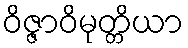
ဝိဇ္ဇာဝိမုတ္တိယာ